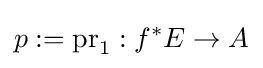
p:=\mathrm {pr} _{1}:f^{*}E\to A